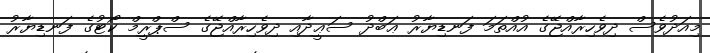
މިއަދުވެސް ދިވެހިރާއްޖޭގެ އުއްތަމަ ފަނޑިޔާރު ޢަބްދު ސަޢީދާއި ދިވެހިރާއްޖޭގެ ސްޕްރީމް ކޯޓުގެ ފަނޑިޔާރު